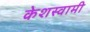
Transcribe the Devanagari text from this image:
केशस्वामी